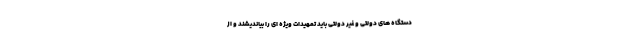
دستگاه های دولتی و غیر دولتی باید تمهیدات ویژه ای را بیاندیشند و از